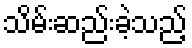
သိမ်းဆည်းခဲ့သည့်